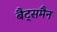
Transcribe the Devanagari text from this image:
बैट्समैन